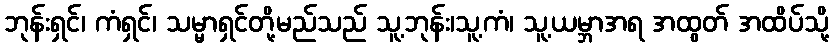
ဘုန်းရှင်၊ ကံရှင်၊ သမ္မာရှင်တို့မည်သည် သူ့ဘုန်း၊သူ့ကံ၊ သူ့ယမ္ဘာအရ အထွတ် အထိပ်သို့